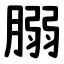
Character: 䐞